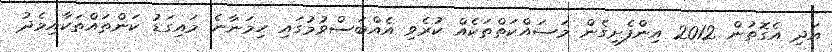
އަދި އެގޮތުން 2012 އިންފެށިގެން މަސައްކަތްތަކެއް ކުރެވި އެއްބަސްވުމުގައި ހިމަނާނެ މައިގަޑު ކަންތައްތަކާއިމެދު